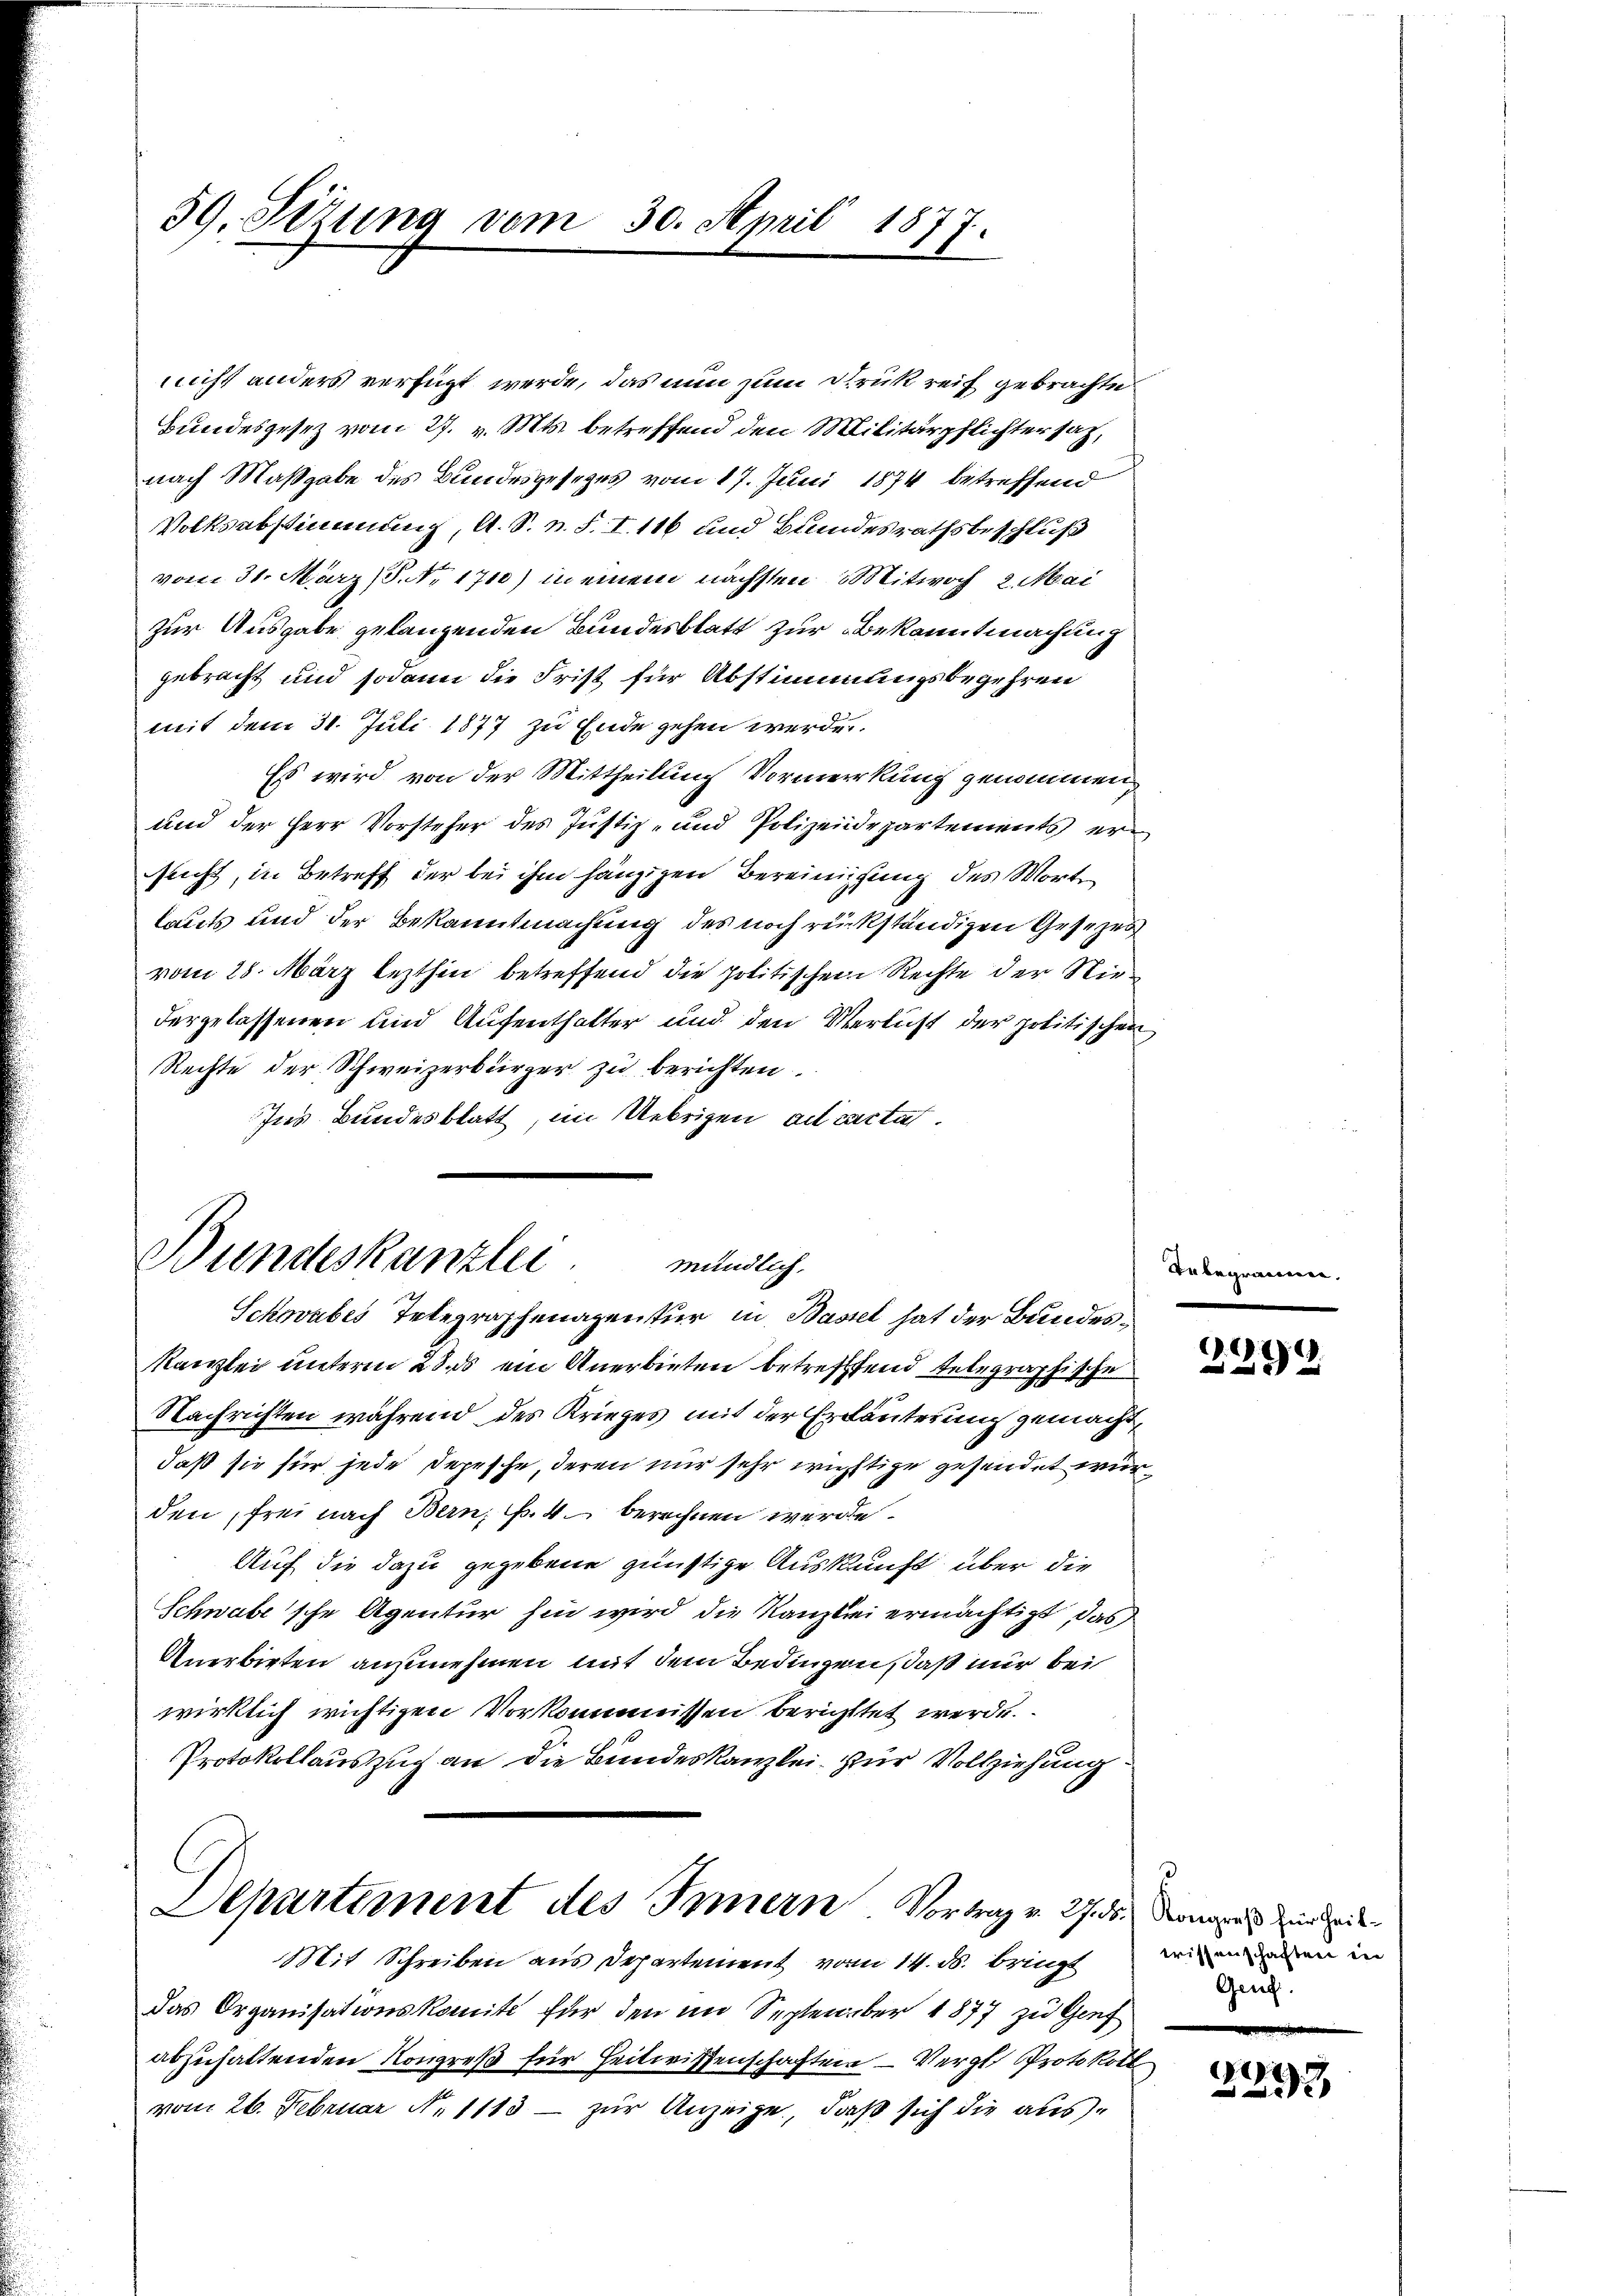
39. Sezung vom 30. April 1877.

nicht anders verfügt werde, das nun zum Druck reif gebrachte
Bundesgesez vom 27. v. Mts. betreffend den Militärpflichtersatz,
nach Maßgabe des Bundesgesezes vom 17. Juni 1874 betreffend
Volksabstimmung, A. S. z. S. I. 116 und Bundesrathsbeschluß
vom 31. März 8. No. 1710) in einem nächsten Mitwoch 2. Mai
zur Ausgabe gelangenden Bundesblatt zur Bekanntmachung
gebracht und sodann die Frist für Abstimmungsbegehren
mit dem 31. Juli 1877 zu Ende gehen werden.
Es wird von der Mittheilung Vormerkung genommen,
und der Herr Vorsteher des Justiz- und Polizeidepartements ersucht, in Betreff der bei ihm hängigen Bereinigung des Worte
lauts und der Bekanntmachung des noch rückständigen Gesezes
vom 28. März lezthin betreffend die politischen Rechte der Niedergelassenen und Aufenthalter und den Verlust der politischen
Rechte der Schweizerbürger zu berichten.
Ins Bundesblatt, im Uebrigen ad cactat.

Bundeskanzlei.
mündlich.
Schwabes Telegraphenagentur in Bassel hat der Bundes¬

Kanzlei unterm 28. ds ein Anerbieten betreffend telegraphische
Nachrichten während des Krieges mit der Erläuterung gemacht,
daß sie für jede Depesche, deren nur sehr wichtige gesendet wurden, frei nach Bern, s. 4 berechnen werde.
Auf die dazu gegebene günstige Auskunft über die
Schwabe'sche Agentur hin wird die Kanzlei ermächtigt, das
Anerbieten anzunehmen mit dem Bedingen, daß nur bei
wirklich wichtigen Vorkommnissen berichttet werde.
Protokollauszug an die Bundeskanzlei. Zur Vollziehung
Departement des Innern Vortrag v. 27. ds. dem die
Mit Schreiben aus Departement vom 14. ds. bringt wie minden in
Das Organisationskomite für den im September 1877 zu Genf
abzuhaltenden Kongreß für Zeitwissenschaften – Vergl. Protokoll
vom 26. Februar N. 1113 – zur Anzeige, daß sich die aus¬

Inbegra¬

2299

ne.

Geng.

.
232